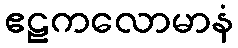
ဧဠကလောမာနံ